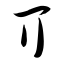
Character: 丌